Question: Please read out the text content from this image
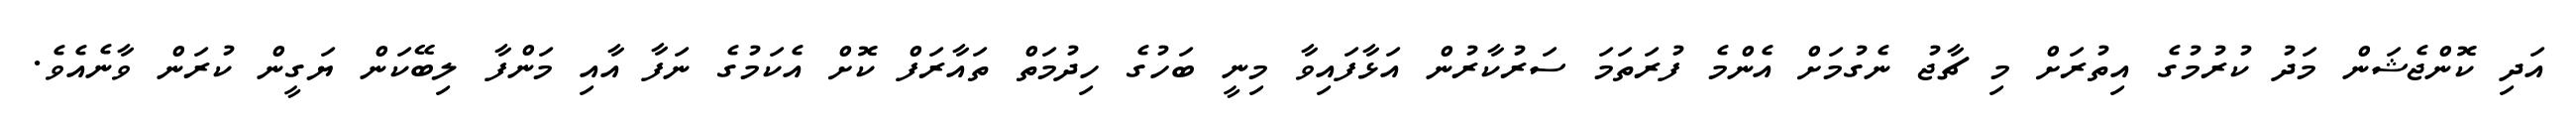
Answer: އަދި ކޮންޖެޝަން މަދު ކުރުމުގެ އިތުރަށް މި ޗާޖު ނެގުމަށް އެންމެ ފުރަތަމަ ސަރުކާރުން އަޅާފައިވާ މިނީ ބަހުގެ ހިދުމަތް ތައާރަފް ކޮށް އެކަމުގެ ނަފާ އާއި މަންފާ ލިބޭކަން ޔަގީން ކުރަން ވާނެއެވެ.